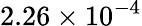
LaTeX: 2.26\times 10^{-4}